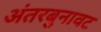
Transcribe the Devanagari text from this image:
अंतरबुनावट